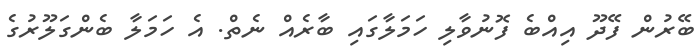
ބޭރުން ފޭދޫ އިއްބެ ފޮނުވާލި ހަމަލާގައި ބާރެއް ނެތް. އެ ހަމަލާ ބެންގަލޫރުގެ